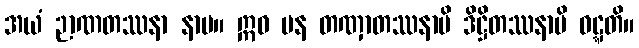
အယံ ဉာဏတဿနာ နာမ။ ဣဓ ပန တဏှာတဿနာပိ ဒိဋ္ဌိတဿနာပိ ဝဋ္ဋတိ။